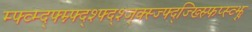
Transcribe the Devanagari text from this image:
म्फ्व्म्द्फ्म्न्फ्द्श्फ्द्श्ज्क्स्ज्फ्द्ज्ख्स्र्फिप्स्व्झ्र्